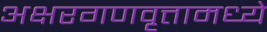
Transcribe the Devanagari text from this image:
अक्षरगणवृत्तामध्ये